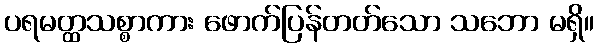
ပရမတ္ထသစ္စာကား ဖောက်ပြန်တတ်သော သဘော မရှိ။